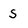
Character: S